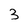
Character: 3